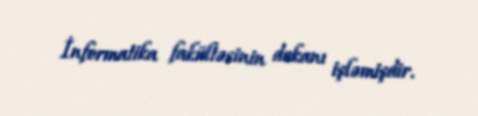
İnformatika fakültəsinin dekanı işləmişdir.